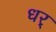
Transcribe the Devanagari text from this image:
धर्